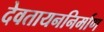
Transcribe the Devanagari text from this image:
देवतायननिर्माण